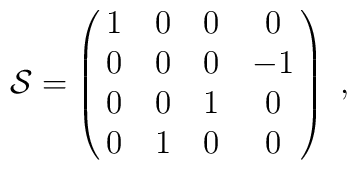
{\cal S}=\pmatrix{1&0&0&0\cr 0&0&0&-1\cr 0&0&1&0\cr 0&1&0&0\cr }\ ,